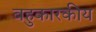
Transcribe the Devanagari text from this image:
बहुकारकीय